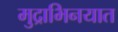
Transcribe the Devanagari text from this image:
मुद्राभिनयात